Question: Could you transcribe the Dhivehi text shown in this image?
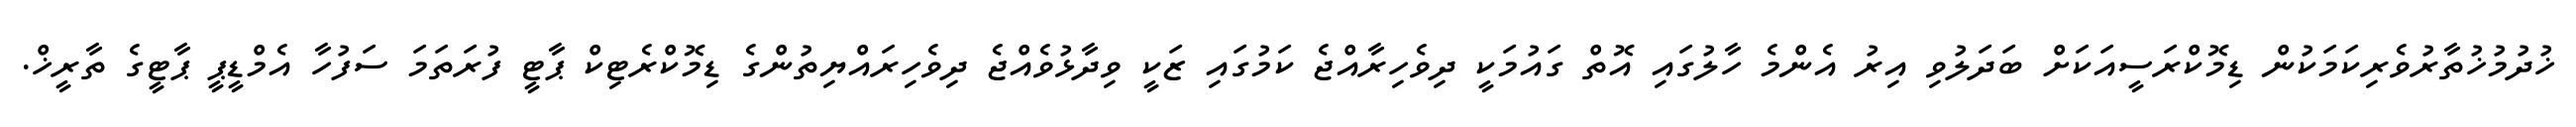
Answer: ޚުދުމުޚުތާރުވެރިކަމަކުން ޑިމޮކްރަސީއަކަށް ބަދަލުވި އިރު އެންމެ ހާލުގައި އޮތް ގައުމަކީ ދިވެހިރާއްޖެ ކަމުގައި ޒަކީ ވިދާޅުވެއްޖެ ދިވެހިރައްޔިތުންގެ ޑިމޮކްރެޓިކް ޕާޓީ ފުރަތަމަ ސަފުހާ އެމްޑީޕީ ޕާޓީގެ ތާރީޚް.